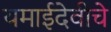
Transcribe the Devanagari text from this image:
यमाईदेवीचे